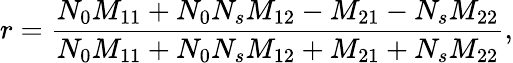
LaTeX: r=\frac{N_{0}M_{11}+N_{0}N_{s}M_{12}-M_{21}-N_{s}M_{22}}{N_{0}M_{11}+N_{0}N_{s}M_{12}+M_{21}+N_{s}M_{22}},